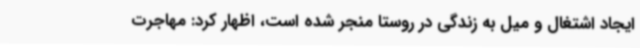
ایجاد اشتغال و میل به زندگی در روستا منجر شده است، اظهار کرد: مهاجرت